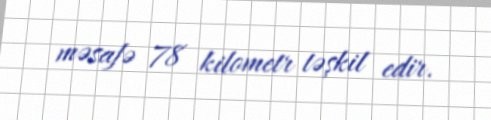
məsafə 78 kilometr təşkil edir.